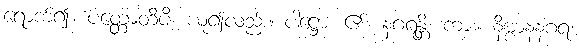
ရောက်၍။ ပတ္တောတိပိ၊ ယူ၍လည်း။ ပါဋ္ဌော၊ ၏။ နဂရန္တိ၊ ကား။ နိဗ္ဗာနနဂရံ၊